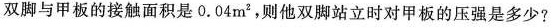
双脚与甲板的接触面积是0.04m^2，则他双脚站立时对甲板的压强是多少?